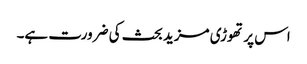
اس پر تھوڑی مزید بحث کی ضرورت ہے۔